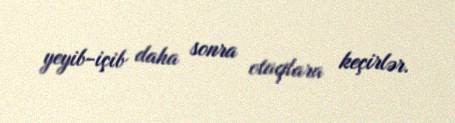
yeyib-içib daha sonra otaqlara keçirlər.